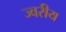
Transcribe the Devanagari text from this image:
ज्वरीय